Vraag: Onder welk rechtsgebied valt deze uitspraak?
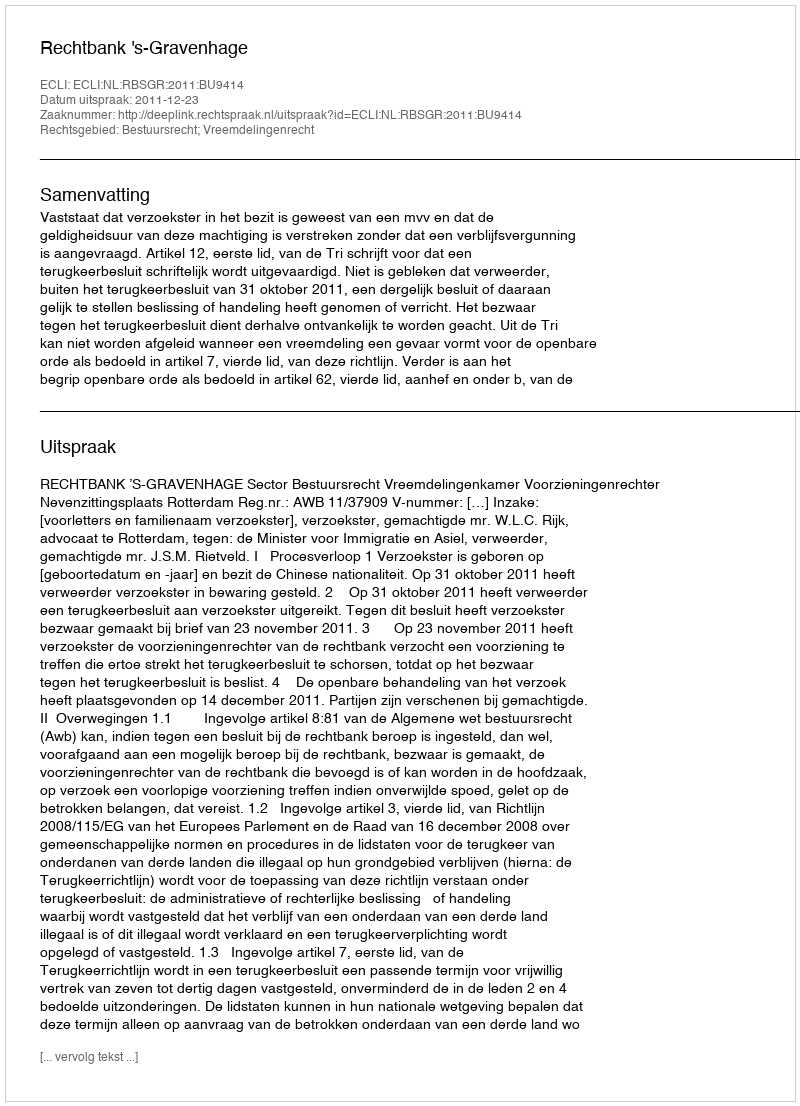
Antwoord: Bestuursrecht; Vreemdelingenrecht